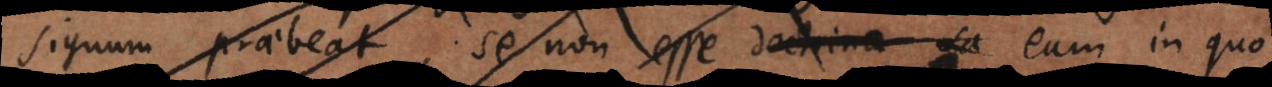
signum praebeat, se non esse doctrina sa eum in quo